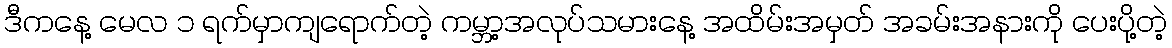
ဒီကနေ့ မေလ ၁ ရက်မှာကျရောက်တဲ့ ကမ္ဘာ့အလုပ်သမားနေ့ အထိမ်းအမှတ် အခမ်းအနားကို ပေးပို့တဲ့